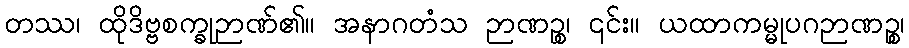
တဿ၊ ထိုဒိဗ္ဗစက္ခုဉာဏ်၏။ အနာဂတံသ ဉာဏဉ္စ၊ ၎င်း။ ယထာကမ္မုပဂဉာဏဉ္စ၊